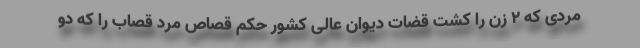
مردی که ۲ زن را کشت قضات دیوان عالی کشور حکم قصاص مرد قصاب را که دو